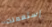
إستعملت